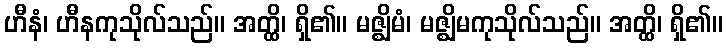
ဟီနံ၊ ဟီနကုသိုလ်သည်။ အတ္ထိ၊ ရှိ၏။ မဇ္ဈိမံ၊ မဇ္ဈိမကုသိုလ်သည်။ အတ္ထိ၊ ရှိ၏။